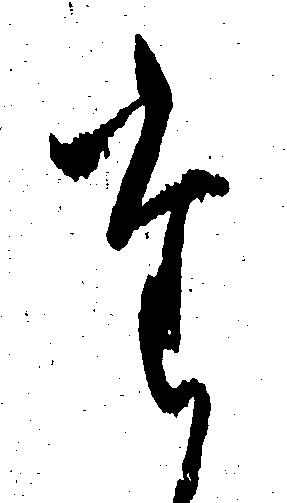
た